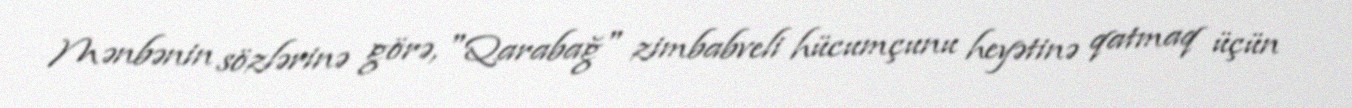
Mənbənin sözlərinə görə, "Qarabağ" zimbabveli hücumçunu heyətinə qatmaq üçün